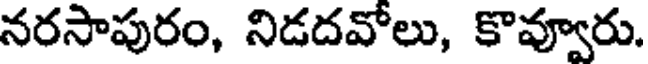
నరసాపురం, నిడదవోలు, కొవ్వూరు.